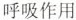
呼吸作用